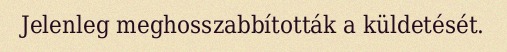
Jelenleg meghosszabbították a küldetését.